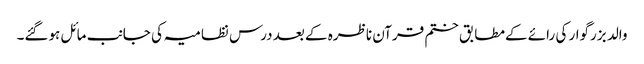
والد بزرگوار کی رائے کےمطابق ختم قرآن ناظرہ کے بعد درس نظامیہ کی جانب مائل ہوگئے۔